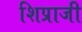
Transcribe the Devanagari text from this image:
शिप्राजी